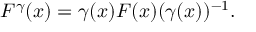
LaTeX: F ^ { \gamma } ( x ) = \gamma ( x ) F ( x ) ( \gamma ( x ) ) ^ { - 1 } .